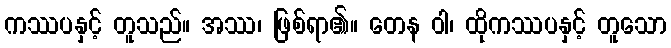
ကဿပနှင့် တူသည်။ အဿ၊ ဖြစ်ရာ၏။ တေန ဝါ၊ ထိုကဿပနှင့် တူသော